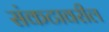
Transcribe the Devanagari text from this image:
संकटावरील